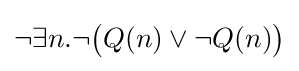
\neg \exists n.\neg {\big (}Q(n)\lor \neg Q(n){\big )}